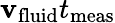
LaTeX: \mathbf{v}_{\mathrm{{fluid}}}t_{\mathrm{{meas}}}